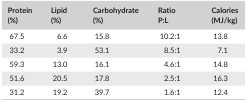
<table><thead><tr><td><b>Protein (%)</b></td><td><b>Lipid (%)</b></td><td><b>Carbohydrate (%)</b></td><td><b>Ratio P:L</b></td><td><b>Calories (MJ/kg)</b></td></tr></thead><tbody><tr><td>67.5</td><td>6.6</td><td>15.8</td><td>10.2:1</td><td>13.8</td></tr><tr><td>33.2</td><td>3.9</td><td>53.1</td><td>8.5:1</td><td>7.1</td></tr><tr><td>59.3</td><td>13.0</td><td>16.1</td><td>4.6:1</td><td>14.8</td></tr><tr><td>51.6</td><td>20.5</td><td>17.8</td><td>2.5:1</td><td>16.3</td></tr><tr><td>31.2</td><td>19.2</td><td>39.7</td><td>1.6:1</td><td>12.4</td></tr></tbody></table>